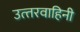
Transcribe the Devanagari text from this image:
उत्‍तरवाहिनी